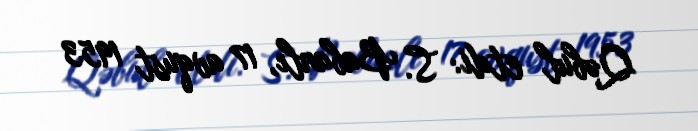
Qəbul etdi: S. Babanlı, 17 avqust 1953